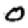
Digit: 0